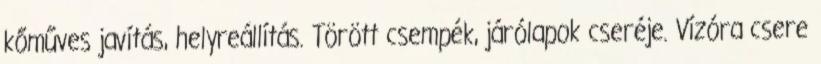
kőműves javítás, helyreállítás. Törött csempék, járólapok cseréje. Vízóra csere